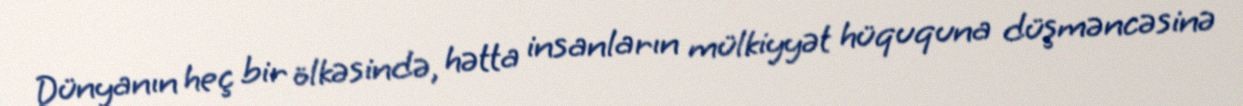
Dünyanın heç bir ölkəsində, hətta insanların mülkiyyət hüququna düşməncəsinə